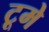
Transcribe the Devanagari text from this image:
टूमे